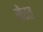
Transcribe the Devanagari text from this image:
सेरत